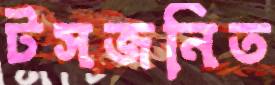
টসজনিত